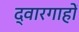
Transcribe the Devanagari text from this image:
द्वारगाहों